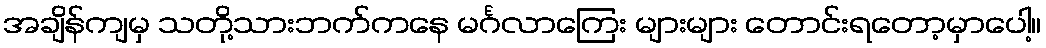
အချိန်ကျမှ သတို့သားဘက်ကနေ မင်္ဂလာကြေး များများ တောင်းရတော့မှာပေါ့။